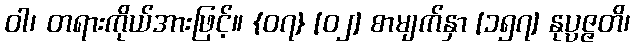
ဝါ၊ တရားကိုယ်အားဖြင့်။ {၀၇} [၀၂] စာမျက်နှာ [၁၅၇] နုပ္ပဇ္ဇတိ၊